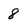
Character: 8